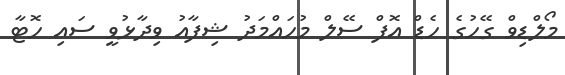
މޯލްޑިވް ގޭހުގެ ހެޑް އޮފް ސޭލް މުހައްމަދު ޝިފާއު ވިދާޅުވީ ސައި ހޮޓާ